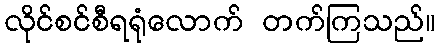
လိုင်စင်စီရရုံလောက် တက်ကြသည်။